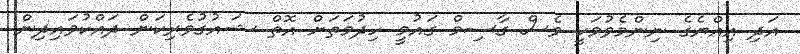
އަދި އިއްޔެގެ ނިންމެވުމަކީ ވެސް ގާސިމް ގައުމީ ހިދުމަތަށް އޮތް ޝައުގުވެރިކަން ދައްކުވައިދިން